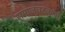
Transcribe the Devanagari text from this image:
समाजघटकांशी